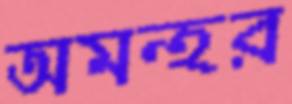
অমন্হর